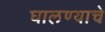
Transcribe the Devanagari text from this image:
घालण्‍याचे